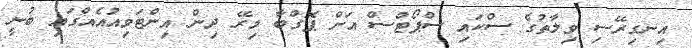
އިނގިރޭސި ވިލާތުގެ ސްކައި ސްޕޯޓްސް އަށް ޕޮގްބާ މިރޭ ދިން އިންޓަވިއުއެއްގައި ބުނީ